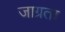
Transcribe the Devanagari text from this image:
जाग्रता